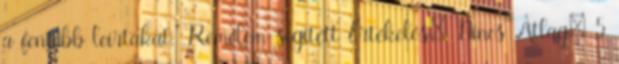
a fentebb leírtakat." Remélem segített Értékelés: Nincs Átlag: 5